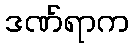
ဒဏ်ရာက